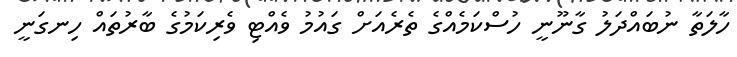
ހާލަތާ ނުބައްދަލު ގާނޫނީ ހުސްކަމެއްގެ ތެރެއަށް ގައުމު ވެއްޓި ވެރިކަމުގެ ބާރުތައް ހިނގަނީ